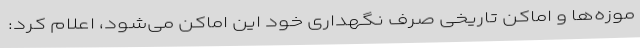
موزه‌ها و اماکن تاریخی صرف نگهداری خود این اماکن می‌شود، اعلام کرد: